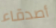
أصدقاء